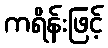
ကရိန်းဖြင့်